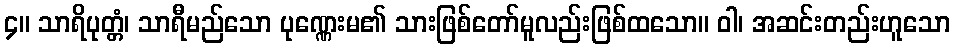
၄။ သာရိပုတ္တံ၊ သာရီမည်သော ပုဏ္ဏေးမ၏ သားဖြစ်တော်မူလည်းဖြစ်ထသော။ ဝါ၊ အဆင်းတည်းဟူသော